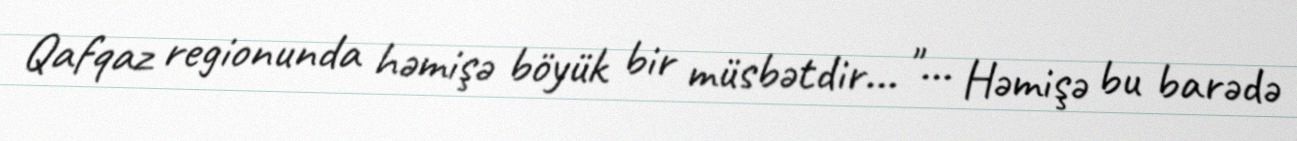
Qafqaz regionunda həmişə böyük bir müsbətdir... "... Həmişə bu barədə